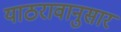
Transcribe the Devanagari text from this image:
याठरावानुसार